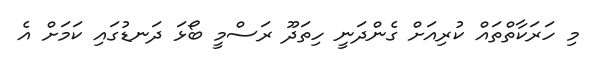
މި ހަރަކާތްތައް ކުރިއަށް ގެންދަނީ ހިތަދޫ ރަސްމީ ބޯޅަ ދަނޑުގައި ކަމަށް އެ